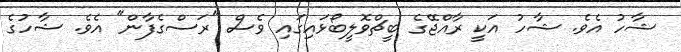
ޝާހު އެވެ. ޝާހު އަކީ ރާއްޖޭގެ ބީޗްވޮލީބޯޅައިގައި ވެސް "ރަސްގެފާން" އެވެ. ޝާހުގެ